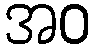
အဝ